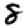
Digit: 8